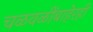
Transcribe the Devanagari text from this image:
चळवळींबाहेरही